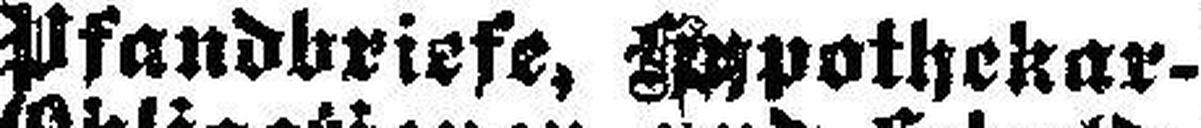
Pfandbriefe, Apothekar-